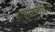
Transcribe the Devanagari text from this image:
अवायुजीवियों